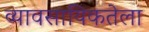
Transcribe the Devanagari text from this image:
व्यावसायिकतेला